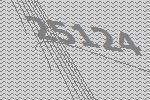
25124